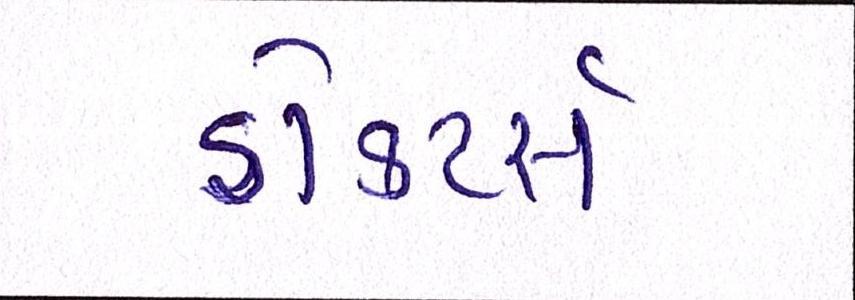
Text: ડૉક્ટર્સ